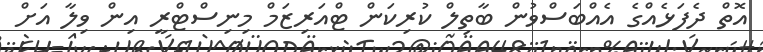
އޮތް ދެފަޅެއްގެ އެއްބަސްވުން ބާތިލް ކުރިކަން ޓްއަރިޒަމް މިނިސްޓްރީ އިން ވިލާ އަށް